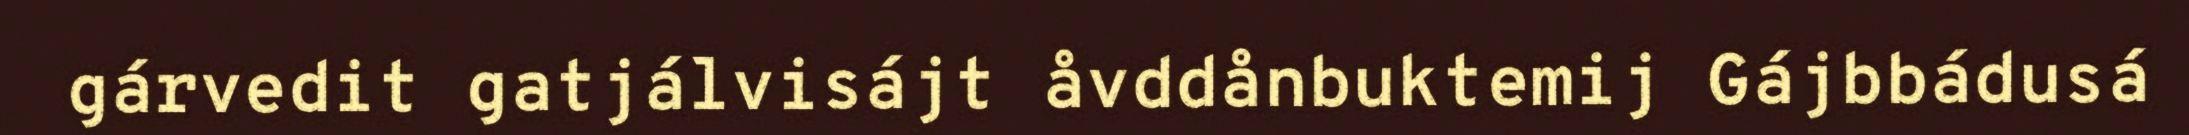
gárvedit gatjálvisájt åvddånbuktemij Gájbbádusá